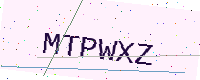
Text: MTPWXZ